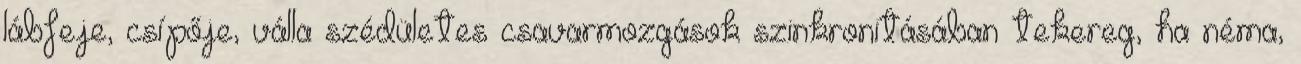
lábfeje, csípője, válla szédületes csavarmozgások szinkronitásában tekereg, ha néma,